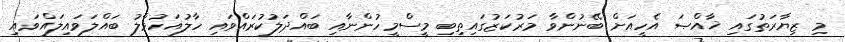
މި ޒިޔާރަތުގައި ޚާއްޞަ އެހީއަށް ބޭނުންވާ މަރުކަޒުގައިތިބި މީސްމީހުންނާއި ބައްދަލުކުރައްވައި ހާލުއަހުވާލު ބައްލަވައިލައްވައި